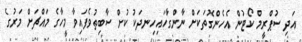
އަދި ސުޕްރީމް ކޯޓުން އެހެންގޮތަކަށް ނާންގާހައިހިނދަކު ކުށް ސާބިތުވެފައިވާ މީހާގެ މައްޗަށް މަރުގެ